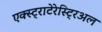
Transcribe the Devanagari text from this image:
एक्स्ट्राटेरेस्ट्रिअल